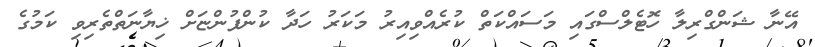
އޭނާ ޝަންގްރިލާ ހޮޓެލްސްގައި މަސައްކަތް ކުރެއްވިއިރު މަކަރު ހަދާ ކުންފުންޏަށް ޚިޔާނަތްތެރިވި ކަމުގެ